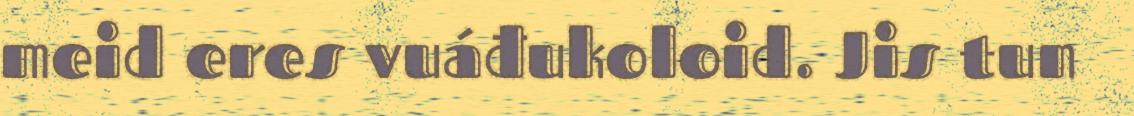
meid eres vuáđukoloid. Jis tun